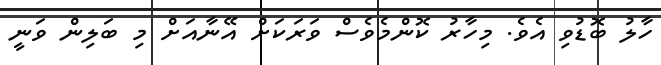
ހާލު ބޮޑުވި އެވެ. މިހާރު ކޮންމެވެސް ވަރަކަށް އޭނާއަށް މި ބަލިން ވަނީ